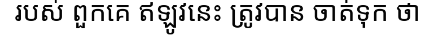
របស់ ពួកគេ ឥឡូវនេះ ត្រូវបាន ចាត់ទុក ថា